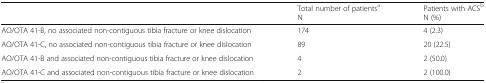
<table><thead><tr><td></td><td><b>Total number of patients<sup>a</sup>N</b></td><td><b>Patients with ACS<sup>b</sup>N (%)</b></td></tr></thead><tbody><tr><td>AO/OTA 41-B, no associated non-contiguous tibia fracture or knee dislocation</td><td>174</td><td>4 (2.3)</td></tr><tr><td>AO/OTA 41-C, no associated non-contiguous tibia fracture or knee dislocation</td><td>89</td><td>20 (22.5)</td></tr><tr><td>AO/OTA 41-B and associated non-contiguous tibia fracture or knee dislocation</td><td>4</td><td>2 (50.0)</td></tr><tr><td>AO/OTA 41-C and associated non-contiguous tibia fracture or knee dislocation</td><td>2</td><td>2 (100.0)</td></tr></tbody></table>